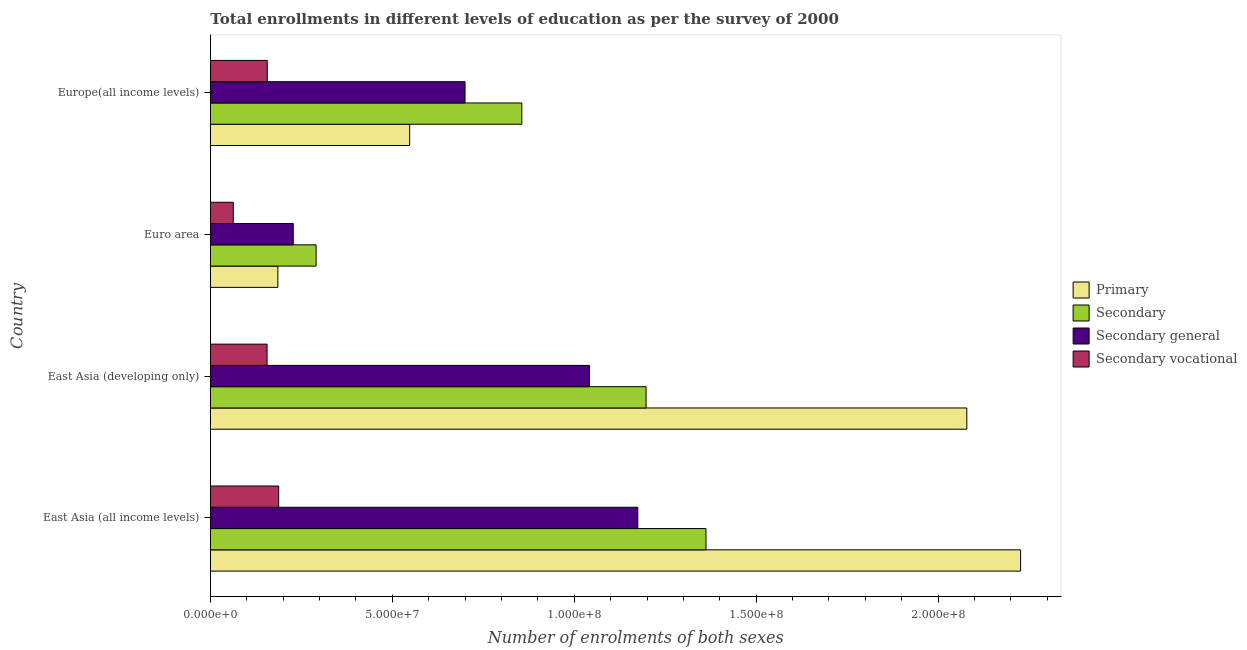
| Country | Primary | Secondary | Secondary general | Secondary vocational |
 | --- | --- | --- | --- | --- |
 | East Asia (all income levels) | 2.23e+08 | 1.36e+08 | 1.17e+08 | 1.87e+07 |
 | East Asia (developing only) | 2.08e+08 | 1.2e+08 | 1.04e+08 | 1.56e+07 |
 | Euro area | 1.85e+07 | 2.9e+07 | 2.28e+07 | 6.27e+06 |
 | Europe(all income levels) | 5.48e+07 | 8.56e+07 | 7e+07 | 1.56e+07 |